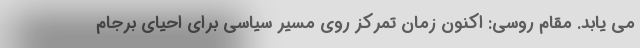
می یابد. مقام روسی: اکنون زمان تمرکز روی مسیر سیاسی برای احیای برجام